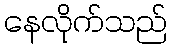
နေလိုက်သည်